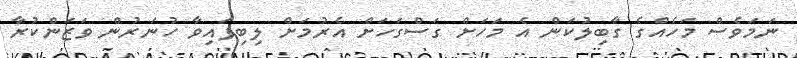
ނަމަވެސް މަހެއްގެ ގާބިލުކަން އެ މަހަށް ގަސްގަހަށް އެރުމަށް ލިބިފައިވާ ހުނަރުން ވަޒަންކުރާ